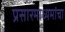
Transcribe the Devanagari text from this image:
प्रसारमाध्यमांचा